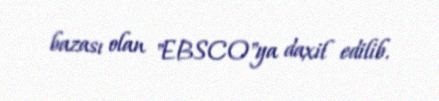
bazası olan "EBSCO"ya daxil edilib.